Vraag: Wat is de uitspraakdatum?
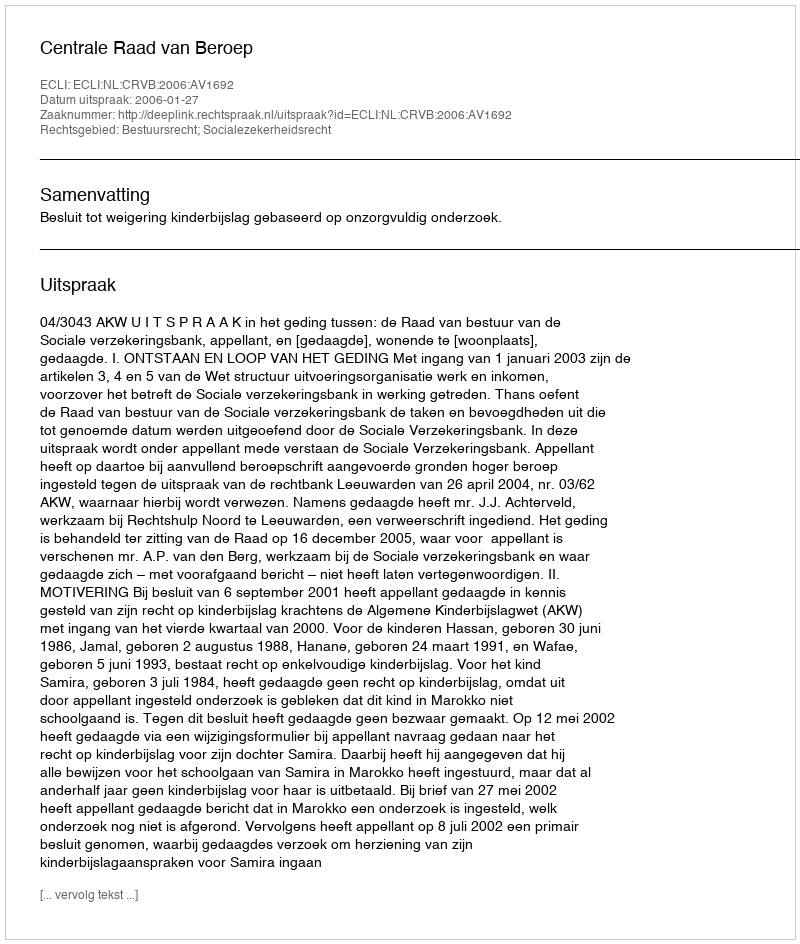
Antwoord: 2006-01-27